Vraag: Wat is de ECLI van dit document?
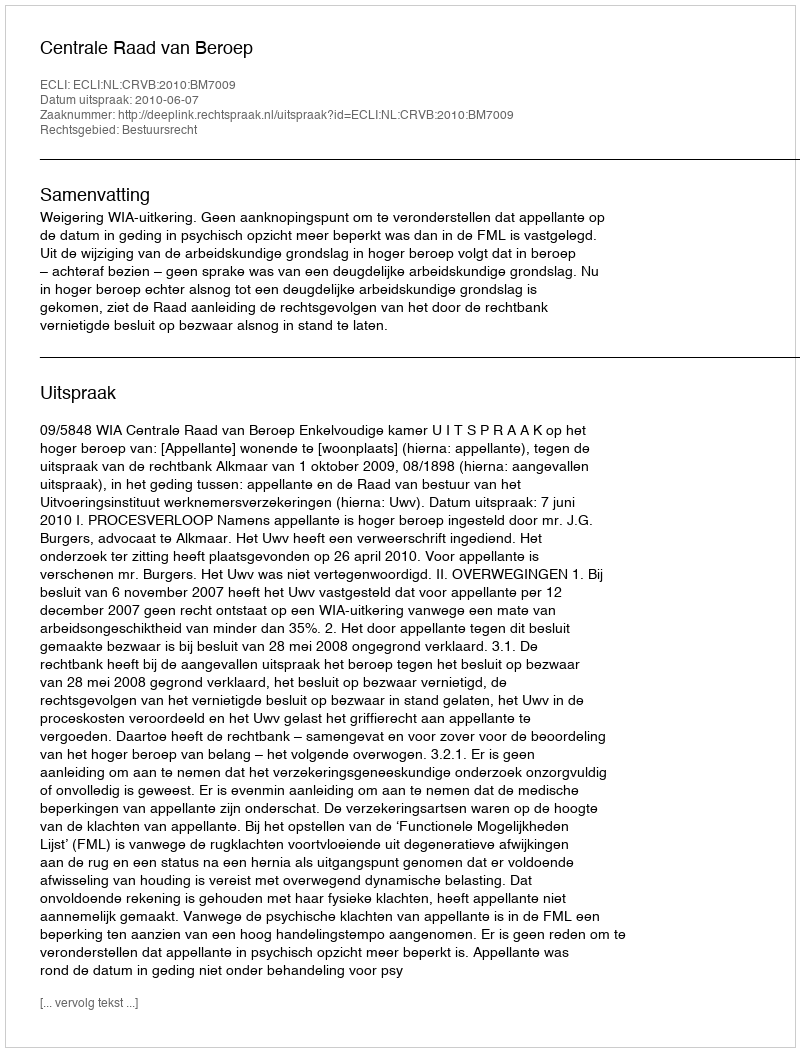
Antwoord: ECLI:NL:CRVB:2010:BM7009